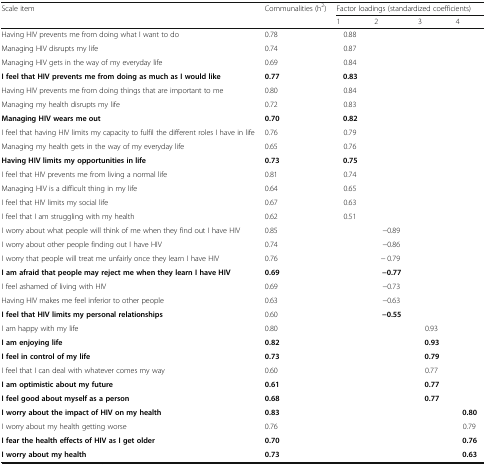
<table><thead><tr><td rowspan="2"><b>Scale item</b></td><td rowspan="2"><b>Communalities (h<sup>2</sup>)</b></td><td colspan="4"><b>Factor loadings (standardized coefficients)</b></td></tr><tr><td><b>1</b></td><td><b>2</b></td><td><b>3</b></td><td><b>4</b></td></tr></thead><tbody><tr><td>Having HIV prevents me from doing what I want to do</td><td>0.78</td><td>0.88</td><td></td><td></td><td></td></tr><tr><td>Managing HIV disrupts my life</td><td>0.74</td><td>0.87</td><td></td><td></td><td></td></tr><tr><td>Managing HIV gets in the way of my everyday life</td><td>0.69</td><td>0.84</td><td></td><td></td><td></td></tr><tr><td><b>I feel that HIV prevents me from doing as much as I would like</b></td><td><b>0.77</b></td><td><b>0.83</b></td><td></td><td></td><td></td></tr><tr><td>Having HIV prevents me from doing things that are important to me</td><td>0.80</td><td>0.84</td><td></td><td></td><td></td></tr><tr><td>Managing my health disrupts my life</td><td>0.72</td><td>0.83</td><td></td><td></td><td></td></tr><tr><td><b>Managing HIV wears me out</b></td><td><b>0.70</b></td><td><b>0.82</b></td><td></td><td></td><td></td></tr><tr><td>I feel that having HIV limits my capacity to fulfil the different roles I have in life</td><td>0.76</td><td>0.79</td><td></td><td></td><td></td></tr><tr><td>Managing my health gets in the way of my everyday life</td><td>0.65</td><td>0.76</td><td></td><td></td><td></td></tr><tr><td><b>Having HIV limits my opportunities in life</b></td><td><b>0.73</b></td><td><b>0.75</b></td><td></td><td></td><td></td></tr><tr><td>I feel that HIV prevents me from living a normal life</td><td>0.81</td><td>0.74</td><td></td><td></td><td></td></tr><tr><td>Managing HIV is a difficult thing in my life</td><td>0.64</td><td>0.65</td><td></td><td></td><td></td></tr><tr><td>I feel that HIV limits my social life</td><td>0.67</td><td>0.63</td><td></td><td></td><td></td></tr><tr><td>I feel that I am struggling with my health</td><td>0.62</td><td>0.51</td><td></td><td></td><td></td></tr><tr><td>I worry about what people will think of me when they find out I have HIV</td><td>0.85</td><td></td><td>−0.89</td><td></td><td></td></tr><tr><td>I worry about other people finding out I have HIV</td><td>0.74</td><td></td><td>−0.86</td><td></td><td></td></tr><tr><td>I worry that people will treat me unfairly once they learn I have HIV</td><td>0.76</td><td></td><td>− 0.79</td><td></td><td></td></tr><tr><td><b>I am afraid that people may reject me when they learn I have HIV</b></td><td><b>0.69</b></td><td></td><td><b>−0.77</b></td><td></td><td></td></tr><tr><td>I feel ashamed of living with HIV</td><td>0.69</td><td></td><td>−0.73</td><td></td><td></td></tr><tr><td>Having HIV makes me feel inferior to other people</td><td>0.63</td><td></td><td>−0.63</td><td></td><td></td></tr><tr><td><b>I feel that HIV limits my personal relationships</b></td><td>0.60</td><td></td><td><b>−0.55</b></td><td></td><td></td></tr><tr><td>I am happy with my life</td><td>0.80</td><td></td><td></td><td>0.93</td><td></td></tr><tr><td><b>I am enjoying life</b></td><td><b>0.82</b></td><td></td><td></td><td><b>0.93</b></td><td></td></tr><tr><td><b>I feel in control of my life</b></td><td><b>0.73</b></td><td></td><td></td><td><b>0.79</b></td><td></td></tr><tr><td>I feel that I can deal with whatever comes my way</td><td>0.60</td><td></td><td></td><td>0.77</td><td></td></tr><tr><td><b>I am optimistic about my future</b></td><td><b>0.61</b></td><td></td><td></td><td><b>0.77</b></td><td></td></tr><tr><td><b>I feel good about myself as a person</b></td><td><b>0.68</b></td><td></td><td></td><td><b>0.77</b></td><td></td></tr><tr><td><b>I worry about the impact of HIV on my health</b></td><td><b>0.83</b></td><td></td><td></td><td></td><td><b>0.80</b></td></tr><tr><td>I worry about my health getting worse</td><td>0.76</td><td></td><td></td><td></td><td>0.79</td></tr><tr><td><b>I fear the health effects of HIV as I get older</b></td><td><b>0.70</b></td><td></td><td></td><td></td><td><b>0.76</b></td></tr><tr><td><b>I worry about my health</b></td><td><b>0.73</b></td><td></td><td></td><td></td><td><b>0.63</b></td></tr></tbody></table>